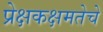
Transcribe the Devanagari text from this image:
प्रेक्षकक्षमतेचे